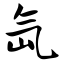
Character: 氙